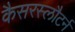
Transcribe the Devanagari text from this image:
कैसरस्लौटर्न